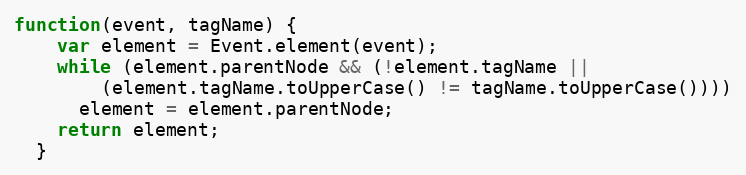
Language: JavaScript
function(event, tagName) {
    var element = Event.element(event);
    while (element.parentNode && (!element.tagName ||
        (element.tagName.toUpperCase() != tagName.toUpperCase())))
      element = element.parentNode;
    return element;
  }